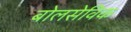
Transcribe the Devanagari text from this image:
बोलसेविक